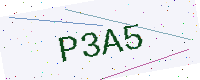
Text: P3A5